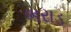
ભરાડ